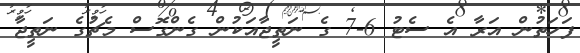
ފަހަތުން އަރާ އެ ސެޓު 6-7 ގެ ނަތީޖާއަކުން ގެންގޮސް މެޗުގެ ނަތީޖާ